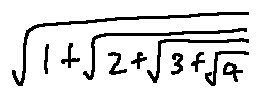
\sqrt { 1 + \sqrt { 2 + \sqrt { 3 + \sqrt { 4 } } } }